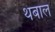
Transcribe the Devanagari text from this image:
थंबाल